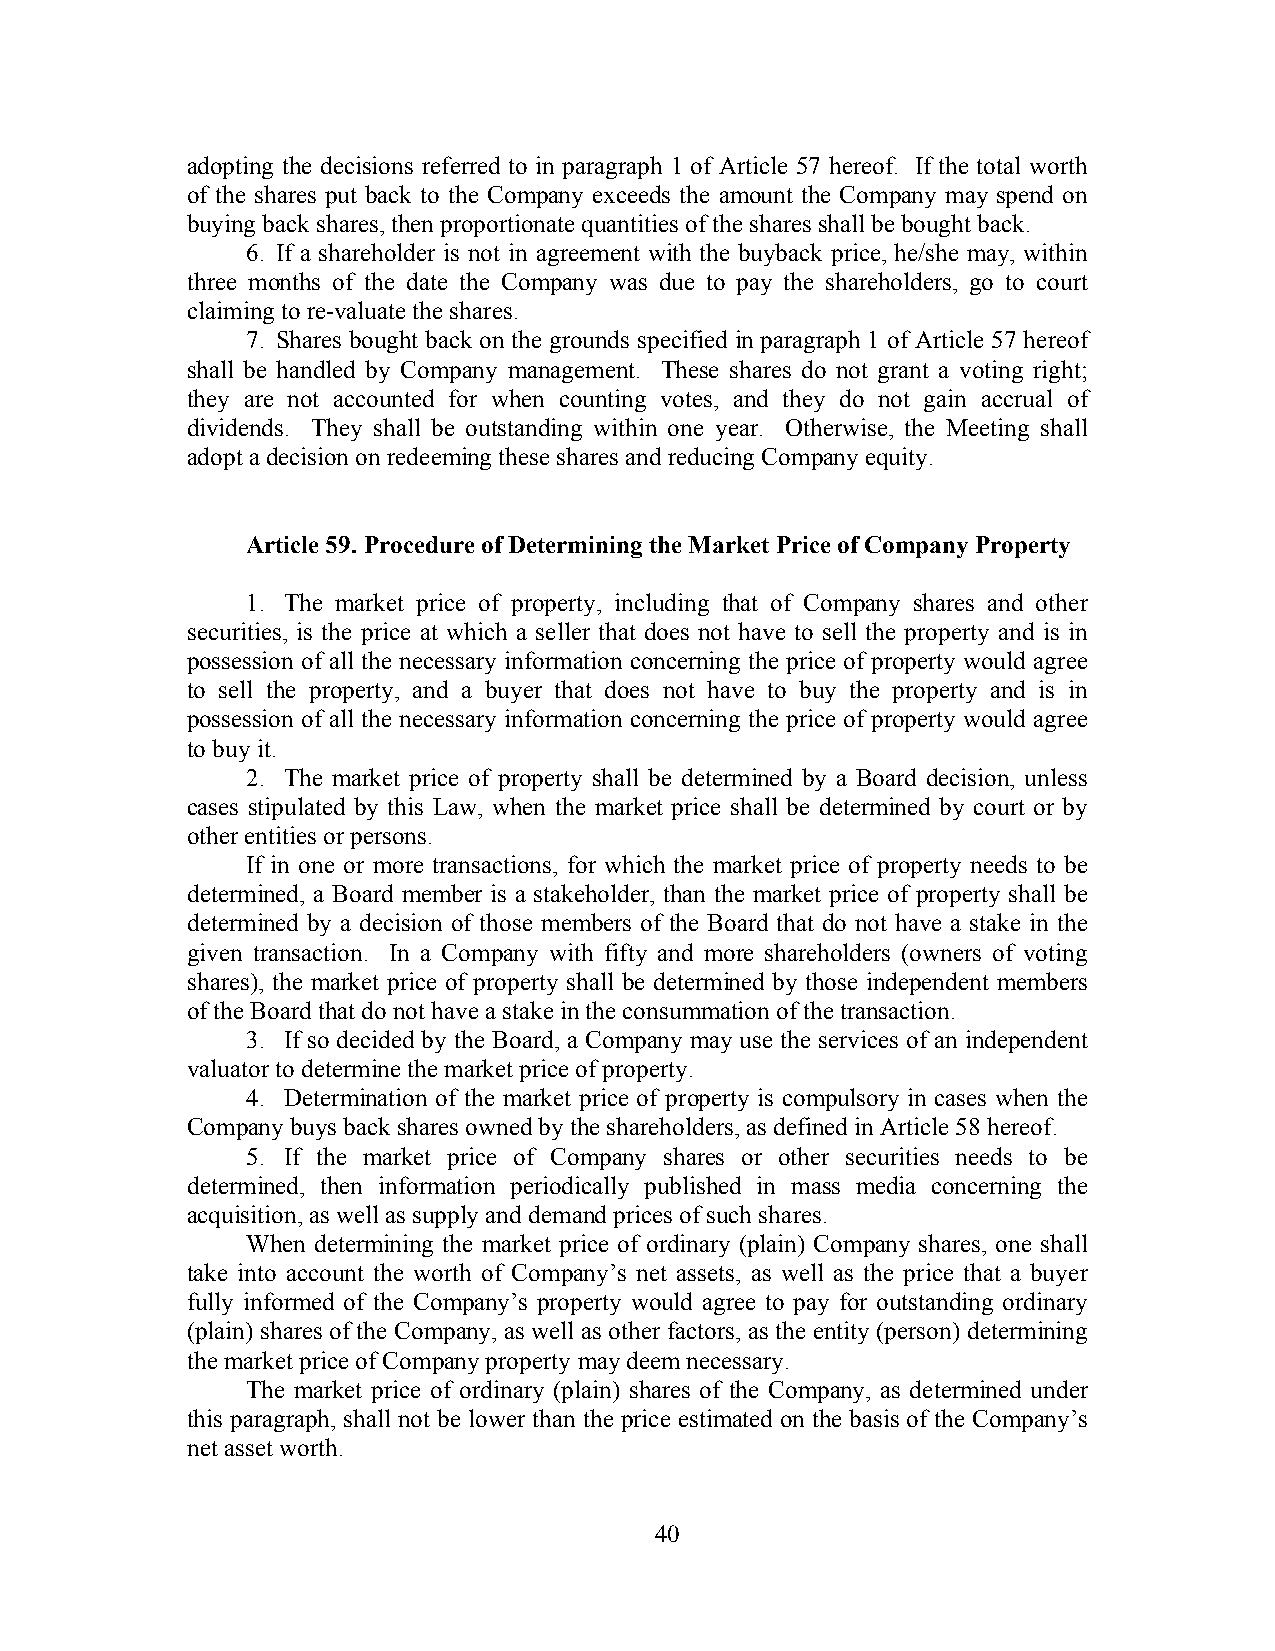
adopting the decisions referred to in paragraph 1 of Article 57 hereof. If the total worth
 of the shares put back to the Company exceeds the amount the Company may spend on
 buying back shares, then proportionate quantities of the shares shall be bought back.
 6. If a shareholder is not in agreement with the buyback price, he/she may, within
 three months of the date the Company was due to pay the shareholders, go to court
 claiming to re-valuate the shares.
 7. Shares bought back on the grounds specified in paragraph 1 of Article 57 hereof
 shall be handled by Company management. These shares do not grant a voting right;
 they are not accounted for when counting votes, and they do not gain accrual of
 dividends. They shall be outstanding within one year. Otherwise, the Meeting shall
 adopt a decision on redeeming these shares and reducing Company equity.
 Article 59. Procedure of Determining the Market Price of Company Property
 1. The market price of property, including that of Company shares and other
 securities, is the price at which a seller that does not have to sell the property and is in
 possession of all the necessary information concerning the price of property would agree
 to sell the property, and a buyer that does not have to buy the property and is in
 possession of all the necessary information concerning the price of property would agree
 to buy it.
 2. The market price of property shall be determined by a Board decision, unless
 cases stipulated by this Law, when the market price shall be determined by court or by
 other entities or persons.
 If in one or more transactions, for which the market price of property needs to be
 determined, a Board member is a stakeholder, than the market price of property shall be
 determined by a decision of those members of the Board that do not have a stake in the
 given transaction. In a Company with fifty and more shareholders (owners of voting
 shares), the market price of property shall be determined by those independent members
 of the Board that do not have a stake in the consummation of the transaction.
 3. If so decided by the Board, a Company may use the services of an independent
 valuator to determine the market price of property.
 4. Determination of the market price of property is compulsory in cases when the
 Company buys back shares owned by the shareholders, as defined in Article 58 hereof.
 5. If the market price of Company shares or other securities needs to be
 determined, then information periodically published in mass media concerning the
 acquisition, as well as supply and demand prices of such shares.
 When determining the market price of ordinary (plain) Company shares, one shall
 take into account the worth of Company’s net assets, as well as the price that a buyer
 fully informed of the Company’s property would agree to pay for outstanding ordinary
 (plain) shares of the Company, as well as other factors, as the entity (person) determining
 the market price of Company property may deem necessary.
 The market price of ordinary (plain) shares of the Company, as determined under
 this paragraph, shall not be lower than the price estimated on the basis of the Company’s
 net asset worth.
 40